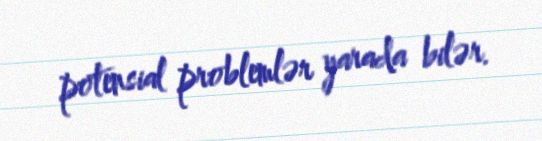
potensial problemlər yarada bilər.